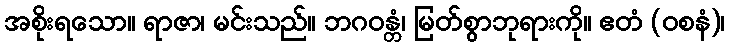
အစိုးရသော။ ရာဇာ၊ မင်းသည်။ ဘဂဝန္တံ၊ မြတ်စွာဘုရားကို။ ဧတံ (ဝစနံ)၊